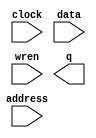
// This program was cloned from: https://github.com/spacemen3/PDP-1
// License: MIT License

// megafunction wizard: %RAM: 1-PORT%VBB%
// GENERATION: STANDARD
// VERSION: WM1.0
// MODULE: altsyncram 

// ============================================================
// Megafunction Name(s):
// 			altsyncram
//
// Simulation Library Files(s):
// 			altera_mf
// ============================================================
// ************************************************************
// THIS IS A WIZARD-GENERATED FILE. DO NOT EDIT THIS FILE!
//
// 20.1.1 Build 720 11/11/2020 SJ Standard Edition
// ************************************************************

//Copyright (C) 2020  Intel Corporation. All rights reserved.
//Your use of Intel Corporation's design tools, logic functions 
//and other software and tools, and any partner logic 
//functions, and any output files from any of the foregoing 
//(including device programming or simulation files), and any 
//associated documentation or information are expressly subject 
//to the terms and conditions of the Intel Program License 
//Subscription Agreement, the Intel Quartus Prime License Agreement,
//the Intel FPGA IP License Agreement, or other applicable license
//agreement, including, without limitation, that your use is for
//the sole purpose of programming logic devices manufactured by
//Intel and sold by Intel or its authorized distributors.  Please
//refer to the applicable agreement for further details, at
//https://fpgasoftware.intel.com/eula.

module pdp1_main_ram_mon (
	address,
	clock,
	data,
	wren,
	q);

	input	[11:0]  address;
	input	  clock;
	input	[17:0]  data;
	input	  wren;
	output	[17:0]  q;
`ifndef ALTERA_RESERVED_QIS
// synopsys translate_off
`endif
	tri1	  clock;
`ifndef ALTERA_RESERVED_QIS
// synopsys translate_on
`endif

endmodule

// ============================================================
// CNX file retrieval info
// ============================================================
// Retrieval info: PRIVATE: ADDRESSSTALL_A NUMERIC "0"
// Retrieval info: PRIVATE: AclrAddr NUMERIC "0"
// Retrieval info: PRIVATE: AclrByte NUMERIC "0"
// Retrieval info: PRIVATE: AclrData NUMERIC "0"
// Retrieval info: PRIVATE: AclrOutput NUMERIC "0"
// Retrieval info: PRIVATE: BYTE_ENABLE NUMERIC "0"
// Retrieval info: PRIVATE: BYTE_SIZE NUMERIC "9"
// Retrieval info: PRIVATE: BlankMemory NUMERIC "1"
// Retrieval info: PRIVATE: CLOCK_ENABLE_INPUT_A NUMERIC "0"
// Retrieval info: PRIVATE: CLOCK_ENABLE_OUTPUT_A NUMERIC "0"
// Retrieval info: PRIVATE: Clken NUMERIC "0"
// Retrieval info: PRIVATE: DataBusSeparated NUMERIC "1"
// Retrieval info: PRIVATE: IMPLEMENT_IN_LES NUMERIC "0"
// Retrieval info: PRIVATE: INIT_FILE_LAYOUT STRING "PORT_A"
// Retrieval info: PRIVATE: INIT_TO_SIM_X NUMERIC "0"
// Retrieval info: PRIVATE: INTENDED_DEVICE_FAMILY STRING "Cyclone V"
// Retrieval info: PRIVATE: JTAG_ENABLED NUMERIC "0"
// Retrieval info: PRIVATE: JTAG_ID STRING "MAIN"
// Retrieval info: PRIVATE: MAXIMUM_DEPTH NUMERIC "0"
// Retrieval info: PRIVATE: MIFfilename STRING ""
// Retrieval info: PRIVATE: NUMWORDS_A NUMERIC "4096"
// Retrieval info: PRIVATE: RAM_BLOCK_TYPE NUMERIC "0"
// Retrieval info: PRIVATE: READ_DURING_WRITE_MODE_PORT_A NUMERIC "3"
// Retrieval info: PRIVATE: RegAddr NUMERIC "1"
// Retrieval info: PRIVATE: RegData NUMERIC "1"
// Retrieval info: PRIVATE: RegOutput NUMERIC "1"
// Retrieval info: PRIVATE: SYNTH_WRAPPER_GEN_POSTFIX STRING "0"
// Retrieval info: PRIVATE: SingleClock NUMERIC "1"
// Retrieval info: PRIVATE: UseDQRAM NUMERIC "1"
// Retrieval info: PRIVATE: WRCONTROL_ACLR_A NUMERIC "0"
// Retrieval info: PRIVATE: WidthAddr NUMERIC "12"
// Retrieval info: PRIVATE: WidthData NUMERIC "18"
// Retrieval info: PRIVATE: rden NUMERIC "0"
// Retrieval info: LIBRARY: altera_mf altera_mf.altera_mf_components.all
// Retrieval info: CONSTANT: CLOCK_ENABLE_INPUT_A STRING "BYPASS"
// Retrieval info: CONSTANT: CLOCK_ENABLE_OUTPUT_A STRING "BYPASS"
// Retrieval info: CONSTANT: INTENDED_DEVICE_FAMILY STRING "Cyclone V"
// Retrieval info: CONSTANT: LPM_HINT STRING "ENABLE_RUNTIME_MOD=NO"
// Retrieval info: CONSTANT: LPM_TYPE STRING "altsyncram"
// Retrieval info: CONSTANT: NUMWORDS_A NUMERIC "4096"
// Retrieval info: CONSTANT: OPERATION_MODE STRING "SINGLE_PORT"
// Retrieval info: CONSTANT: OUTDATA_ACLR_A STRING "NONE"
// Retrieval info: CONSTANT: OUTDATA_REG_A STRING "CLOCK0"
// Retrieval info: CONSTANT: POWER_UP_UNINITIALIZED STRING "FALSE"
// Retrieval info: CONSTANT: READ_DURING_WRITE_MODE_PORT_A STRING "NEW_DATA_NO_NBE_READ"
// Retrieval info: CONSTANT: WIDTHAD_A NUMERIC "12"
// Retrieval info: CONSTANT: WIDTH_A NUMERIC "18"
// Retrieval info: CONSTANT: WIDTH_BYTEENA_A NUMERIC "1"
// Retrieval info: USED_PORT: address 0 0 12 0 INPUT NODEFVAL "address[11..0]"
// Retrieval info: USED_PORT: clock 0 0 0 0 INPUT VCC "clock"
// Retrieval info: USED_PORT: data 0 0 18 0 INPUT NODEFVAL "data[17..0]"
// Retrieval info: USED_PORT: q 0 0 18 0 OUTPUT NODEFVAL "q[17..0]"
// Retrieval info: USED_PORT: wren 0 0 0 0 INPUT NODEFVAL "wren"
// Retrieval info: CONNECT: @address_a 0 0 12 0 address 0 0 12 0
// Retrieval info: CONNECT: @clock0 0 0 0 0 clock 0 0 0 0
// Retrieval info: CONNECT: @data_a 0 0 18 0 data 0 0 18 0
// Retrieval info: CONNECT: @wren_a 0 0 0 0 wren 0 0 0 0
// Retrieval info: CONNECT: q 0 0 18 0 @q_a 0 0 18 0
// Retrieval info: GEN_FILE: TYPE_NORMAL pdp1_main_ram_mon.v TRUE
// Retrieval info: GEN_FILE: TYPE_NORMAL pdp1_main_ram_mon.inc FALSE
// Retrieval info: GEN_FILE: TYPE_NORMAL pdp1_main_ram_mon.cmp FALSE
// Retrieval info: GEN_FILE: TYPE_NORMAL pdp1_main_ram_mon.bsf FALSE
// Retrieval info: GEN_FILE: TYPE_NORMAL pdp1_main_ram_mon_inst.v FALSE
// Retrieval info: GEN_FILE: TYPE_NORMAL pdp1_main_ram_mon_bb.v TRUE
// Retrieval info: LIB_FILE: altera_mf